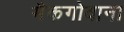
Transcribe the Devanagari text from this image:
मैकगोवाना